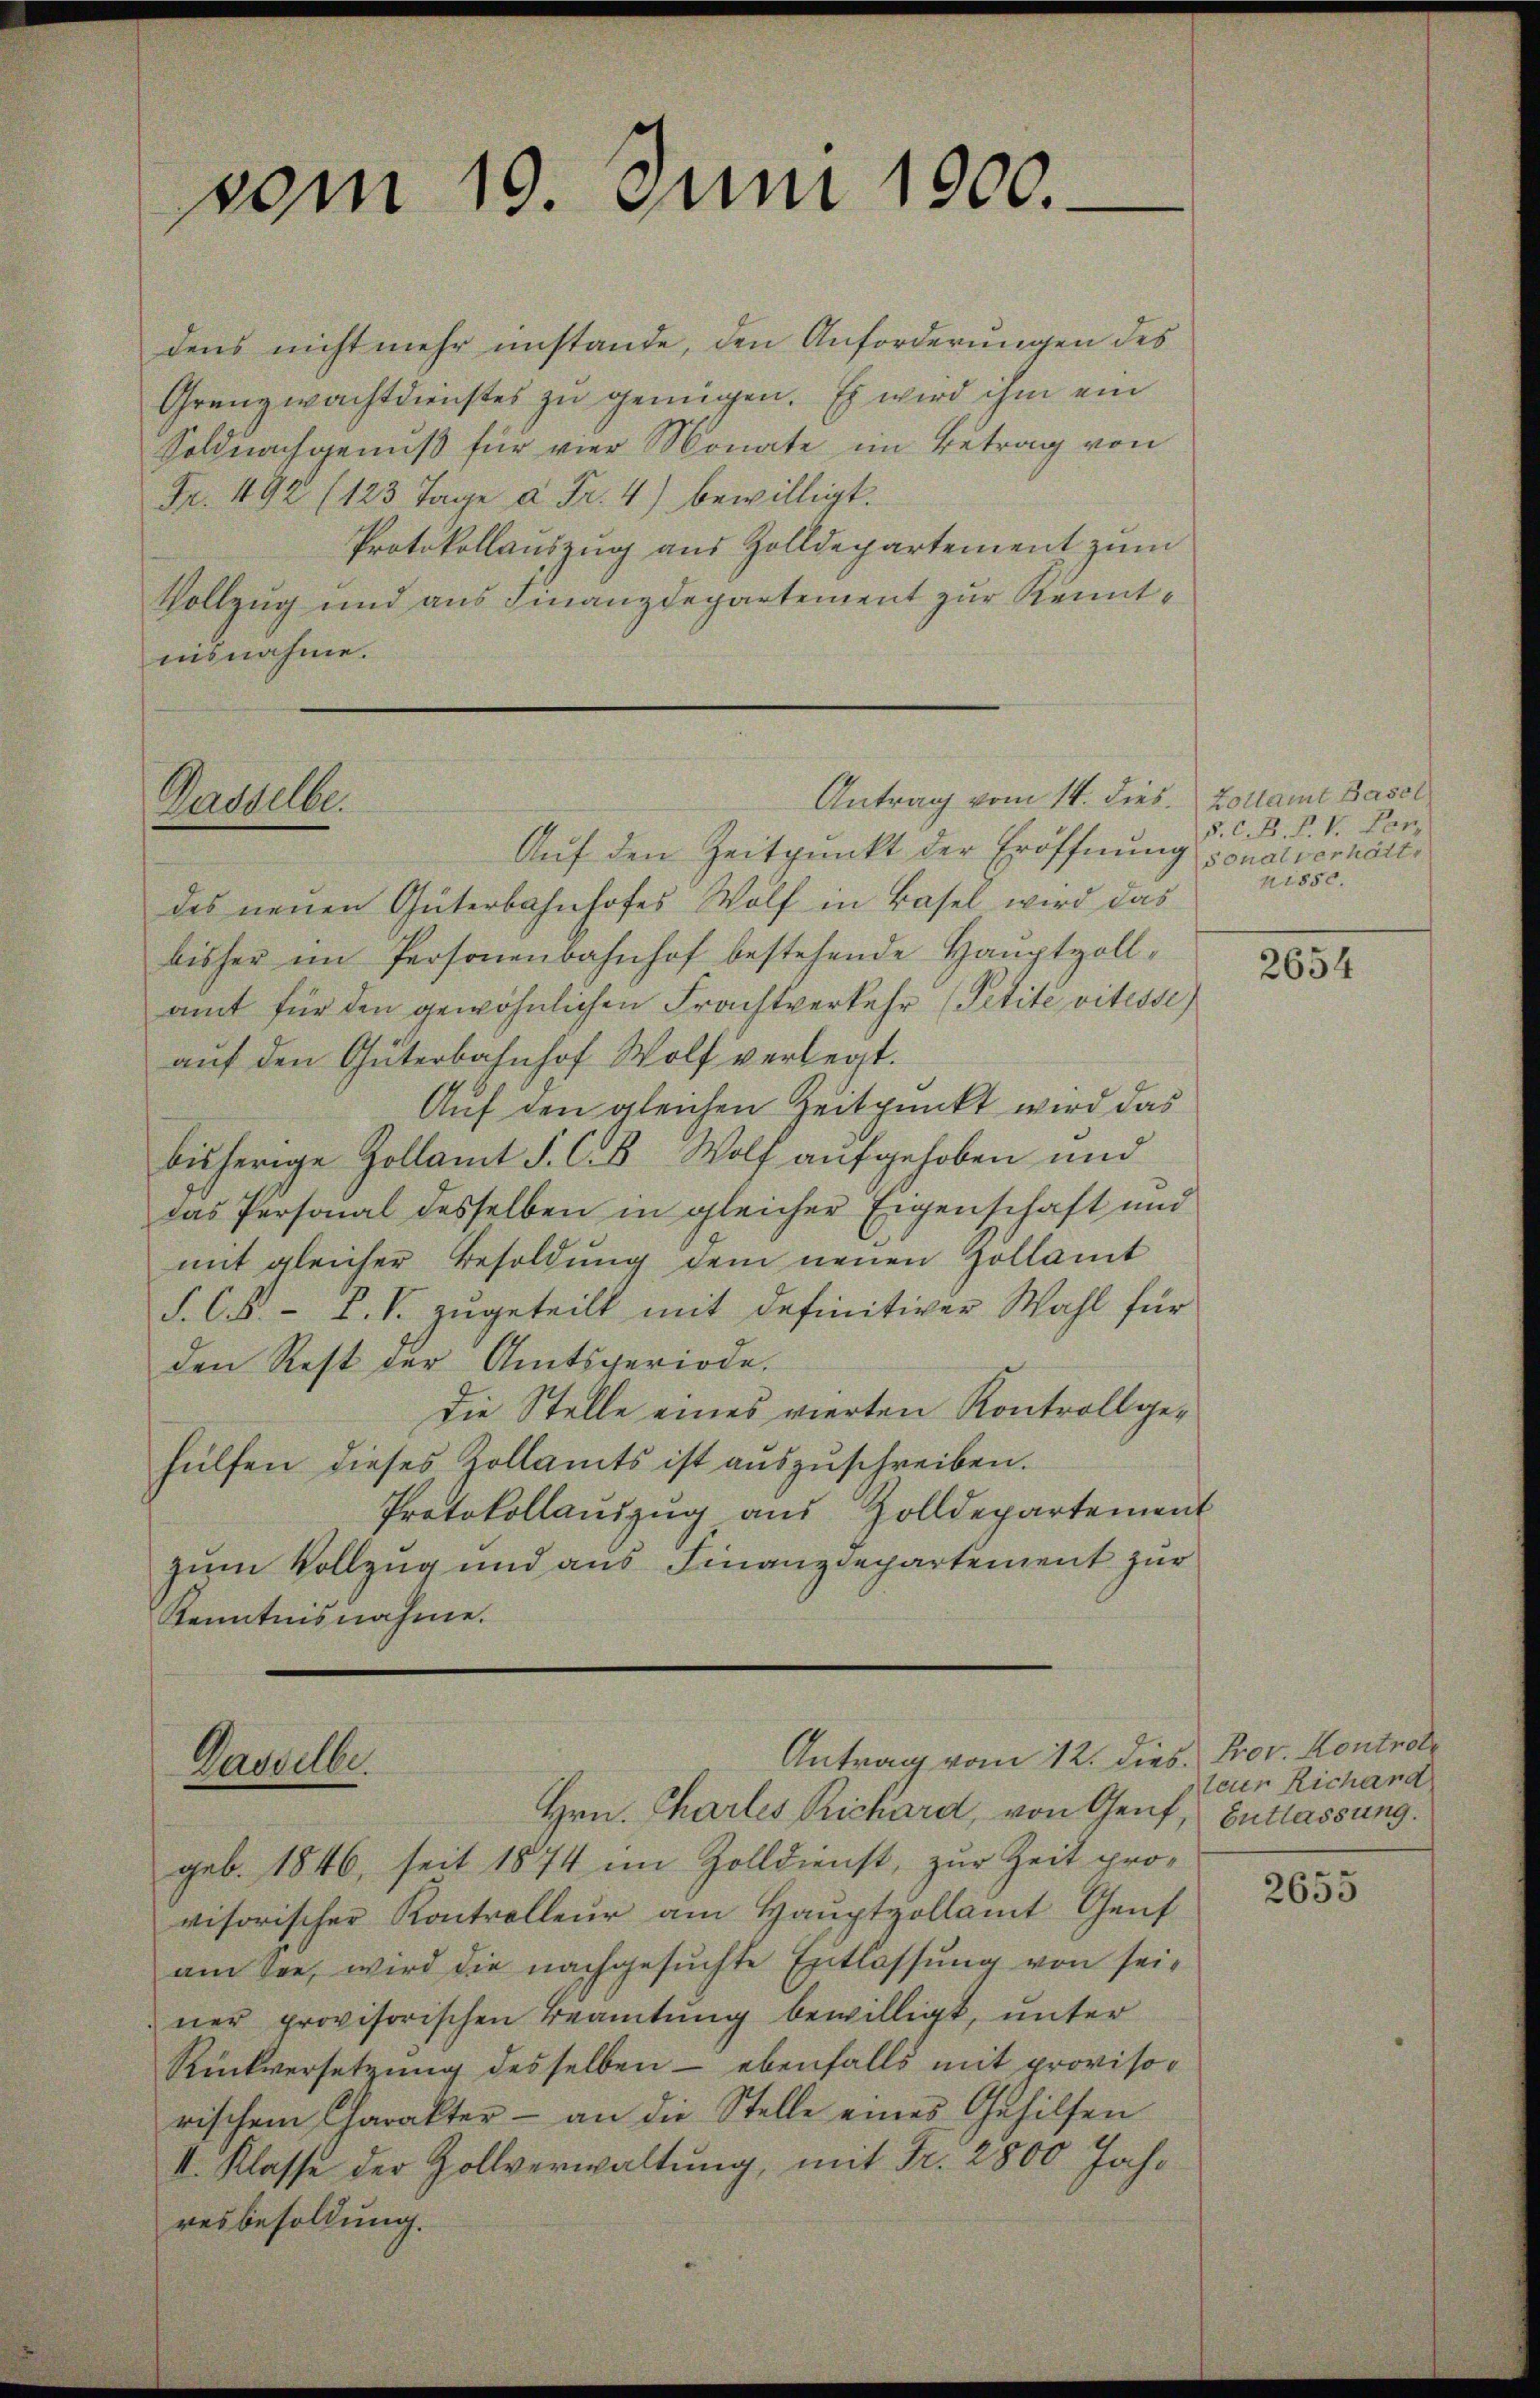
vom 19. Juni 1900.

dens nicht mehr imstande, den Anforderungen des
Grenzwachtdienstes zu genügen. Es wird ihm ein
Soldnachgenuß für vier Monate im Betrag von
Fr. 492 (123 Tage à Fr. 4) bewilligt.
Protokollauszug aus Zolldepartement zum
Vollzug und aus Finanzdepartement zur Kenntnisnahme.

Antrag vom 14. dies. Kollamt Basel
Gasselbe

Auf den Zeitpunkt der Eröffnung
des neuen Güterbahnhofes Wolf in Basel wird das
bisher im Personenbahnhof bestehende Hauptzollamt für den gewöhnlichen Frachtverkehr (Petité vitesse
auf den Güterbahnhof Wolf verlegt.
Auf den gleichen Zeitpunkt wird das
bisherige Zollamt S. C. B. Wolf aufgehoben und
das Personal desselben in gleicher Eigenschaft und
mit gleicher Besoldung dem neuen Zollamt
S. C. L. V. zugeteilt mit definitiver Wahl für
den Rest der Amtsperiode.
Die Stelle eines vierten Kontrollgehülfen dieses Zollamts ist aŭszŭschreiben.
Protokollanzŭg aŭs Zolldepartement
zum Vollzug und aus Finanzdepartement zur
Kenntnisnahme.

Landbe
Hrn. Chartes Richard, von Genf, Entlassung.

Antrag vom 12. dies. Prov. Kontrole

geb. 1846, seit 1874 im Zolldienst, zur Zeit pro-
visorischer Kontrolleur am Hauptvollamt Gent
am See, wird die nachgesuchte Entlassung von seiner provisorischen Beamtung bewilligt, unter
Rückversetzung desselben - ebenfalls mit provisorischen Charakter - an die Stelle eines Gehilfen
II. Klasse der Zollverwaltung, mit Fr. 2800 Jahr
resbesoldung.

§. C. B. P. V. Con
sonalverhält
nisse.

2654

teur Richand

2655